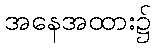
အနေအထား၌